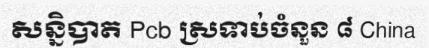
សន្និបាត Pcb ស្រទាប់ចំនួន ៨ China